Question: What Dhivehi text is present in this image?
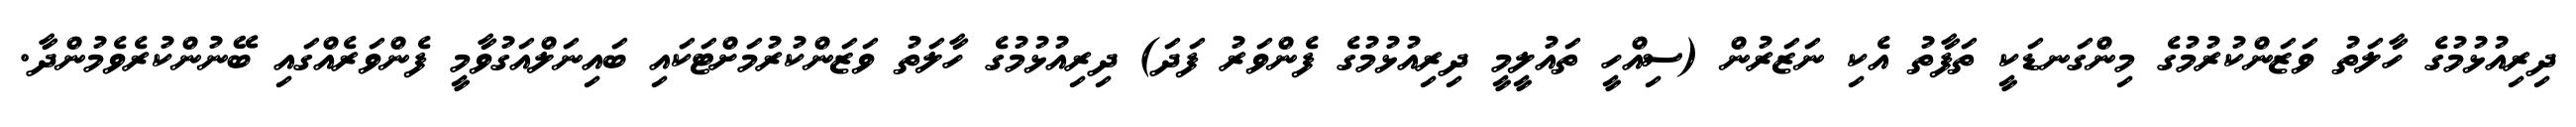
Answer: ދިރިއުޅުމުގެ ހާލަތު ވަޒަންކުރުމުގެ މިންގަނޑަކީ ތަފާތު އެކި ނަޒަރުން (ސިއްހީ ތައުލީމީ ދިރިއުޅުމުގެ ފެންވަރު ފަދަ) ދިރިއުޅުމުގެ ހާލަތު ވަޒަންކުރުމަށްޓަކައި ބައިނަލްއަގުވާމީ ފެންވަރެއްގައި ބޭނުންކުރެވެމުންދާ.